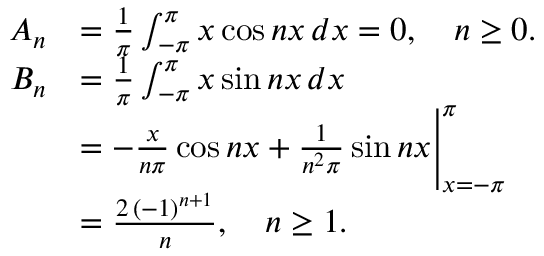
{ \begin{array} { r l } { A _ { n } } & { = { \frac { 1 } { \pi } } \int _ { - \pi } ^ { \pi } x \cos { n x } \, d x = 0 , \quad n \geq 0 . } \\ { B _ { n } } & { = { \frac { 1 } { \pi } } \int _ { - \pi } ^ { \pi } x \sin { n x } \, d x } \\ & { = - { \frac { x } { n \pi } } \cos { n x } + { \frac { 1 } { n ^ { 2 } \pi } } \sin { n x } { \Bigg \vert } _ { x = - \pi } ^ { \pi } } \\ & { = { \frac { 2 \, ( - 1 ) ^ { n + 1 } } { n } } , \quad n \geq 1 . } \end{array} }